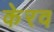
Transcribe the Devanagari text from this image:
केरव